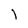
Character: l